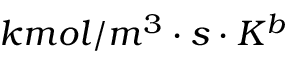
k m o l / m ^ { 3 } \cdot s \cdot K ^ { b }